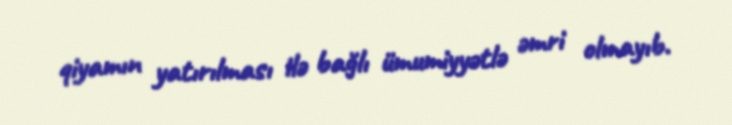
qiyamın yatırılması ilə bağlı ümumiyyətlə əmri olmayıb.